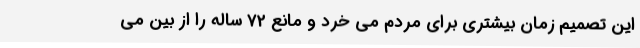
این تصمیم زمان بیشتری برای مردم می خرد و مانع 72 ساله را از بین می